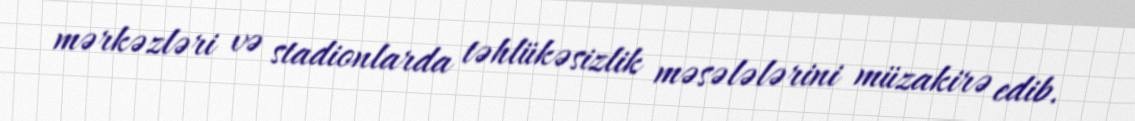
mərkəzləri və stadionlarda təhlükəsizlik məsələlərini müzakirə edib.